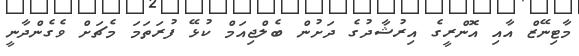
މާޓިނޭޒް އާއި އޮންރީގެ އިރުޝާދުގެ ދަށުން ބެލްޖިއަމް ކުޅޭ ފުރަތަމަ މެޗަށް ވެގެންދާނީ